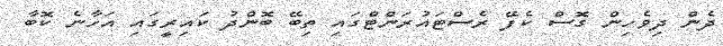
ދެން ދިވެހިން ގޮސް ކެފޭ ރެސްޓައުރަންޓްގައި ތިބޭ ބޮންދު ކައިރީގައި އަހާނެ ކޮބާ